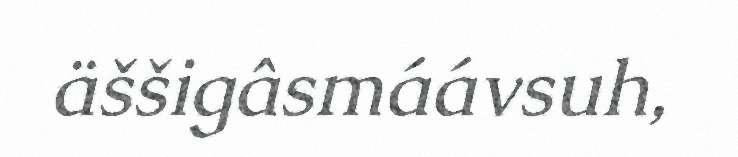
äššigâsmáávsuh,